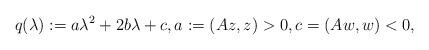
LaTeX: \begin{align*}q(\lambda) := a\lambda^2 + 2b\lambda + c,a := (Az, z) > 0,c=(Aw, w) < 0,\end{align*}